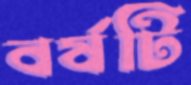
বর্ষটি